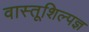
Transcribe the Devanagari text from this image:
वास्तूशिल्पज्ञ